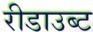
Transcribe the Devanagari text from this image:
रीडाउब्ट